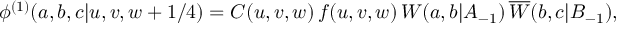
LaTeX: \phi ^ { ( 1 ) } ( a , b , c | u , v , w + 1 / 4 ) = C ( u , v , w ) \, f ( u , v , w ) \, W ( a , b | A _ { - 1 } ) \, \overline { { { W } } } ( b , c | B _ { - 1 } ) ,